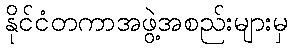
နိုင်ငံတကာအဖွဲ့အစည်းများမှ